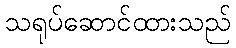
သရုပ်ဆောင်ထားသည်